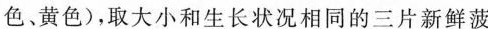
色、黄色)，取大小和生长状况相同的三片新鲜菠